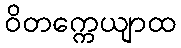
ဝိတက္ကေယျာထ